system: You are a helpful assistant.
user:
Analyze the provided spectrum to determine if it is a **M-type Giant (gM)**.

A M-type Giant spectrum is defined by its **strong molecular absorption** features, particularly from **Titanium Oxide (TiO)**. You must check for one of the following mutually exclusive signatures:

- **Key Visual Indicators (Absorption-Dominated Spectrum):**

    - **(Primary):** The spectrum is dominated by strong molecular absorption from **Titanium Oxide (TiO)**. This is the **defining feature** of its M-type temperature class.
        - **(Key Bandheads):** Look for sharp, "saw-tooth" absorption valleys. The strongest are located near **~7050 Å**, **~6160 Å**, and **~5170 Å**.
        - **(Line Profile):** The "saw-tooth" morphology is critical: a **sharp, steep drop on the BLUE (short-wavelength) side** of the bandhead, followed by a gradual recovery (rising flux) towards the RED (long-wavelength) side.

    - **(Key Confirmation - Giant vs. Dwarf):** **ABSENCE** of strong **Calcium Hydride (CaH)** molecular bands. This is the primary diagnostic for *excluding* M-dwarfs.
        - **(Key Region):** The spectrum should lack the strong, broad absorption band seen in dwarfs between **~6800 Å and ~7000 Å**.

    - **(Secondary Confirmation - Giant):** A very strong and broad **Neutral Calcium (Ca I)** atomic absorption line.
        - **(Key Line):** Located at **~4226 Å**. In a giant (gM), this line is significantly deeper and broader than the same line in an M-dwarf (dM) due to low surface gravity.

    - **(Overall Spectrum):**
        - The continuum is **extremely red-sloping** (i.e., flux is very low in the blue and rises dramatically towards the red).
        - The entire spectrum appears "chopped up" by the deep TiO bands.

Think first, call **spectral_visualization_tool** if needed to examine features in detail, then provide your final answer. Your response must adhere to the following strict rules:
1.  **Overall Structure:** Your response must follow the format `<think>...</think> <tool_call>...</tool_call> (if a tool is used) <answer>...</answer>`.
2.  **Tool Usage Constraint:** You may only make **one** tool call per turn.
3.  **Final Answer Format:** In the `<answer>` tag, your conclusion must be inside a `\boxed{}` command (e.g., `\boxed{YES}` or `\boxed{NO}`), followed by your justification.

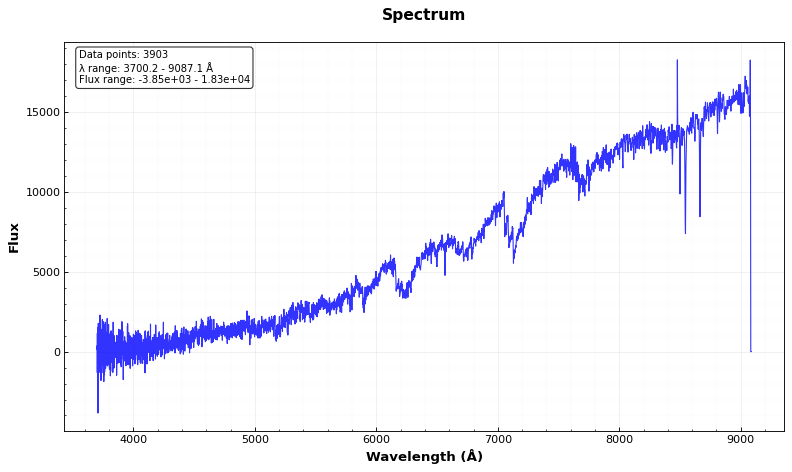
Answer: YES